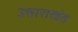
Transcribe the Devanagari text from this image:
उत्ताराखंड